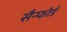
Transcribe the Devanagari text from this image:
सैन्फोर्ड